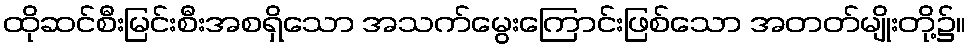
ထိုဆင်စီးမြင်းစီးအစရှိသော အသက်မွေးကြောင်းဖြစ်သော အတတ်မျိုးတို့၌။